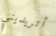
أتريديني